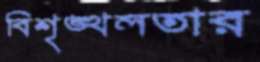
বিশৃঙ্খলতার